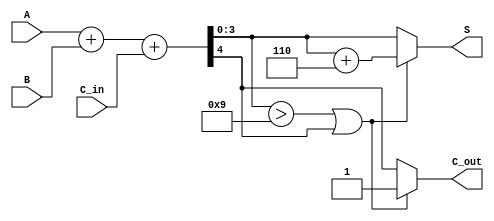
module BCD_Fast_Adder (
    input  wire [3:0] A,       // First BCD digit
    input  wire [3:0] B,       // Second BCD digit
    input  wire C_in,          // Carry-in
    output reg  [3:0] S,       // Resultant BCD sum
    output reg  C_out          // Carry-out
);

    wire [4:0] Sum;            // 5-bit sum to accommodate carry
    wire correction;           // Correction condition

    // Step 1: Binary addition of A, B, and C_in
    assign Sum = A + B + C_in; // 5-bit result

    // Step 2: Determine if correction is needed
    assign correction = (Sum[3:0] > 9) || (Sum[4] == 1);

    // Step 3: Compute the final BCD result
    always @(*) begin
        if (correction) begin
            // If correction is needed, add 6 (0110)
            S = Sum[3:0] + 4'b0110;
            C_out = 1'b1; // Set carry-out
        end else begin
            S = Sum[3:0];
            C_out = Sum[4]; // Carry-out from addition
        end
    end

endmodule